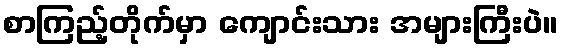
စာကြည့်တိုက်မှာ ကျောင်းသား အများကြီးပဲ။